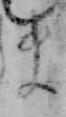
ま